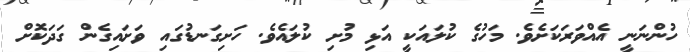
ހުންނަނީ އެއްވަރަކަށެވެ. މަހުގެ ކުލައަކީ އަޅި މުށި ކުލައެވެ. ހަށިގަނޑުގައި ވަށައިގެން ގަދަކޮށް